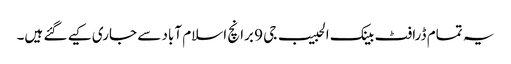
یہ تمام ڈرافٹ بینک الحبیب جی 9 برانچ اسلام آباد سے جاری کیے گئے ہیں۔